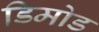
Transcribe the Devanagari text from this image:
डिमोड